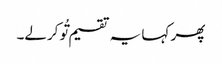
پھر کہا یہ تقسیم تُو کرلے۔